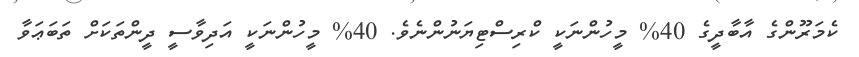
ކެމަރޫންގެ އާބާދީގެ 40% މީހުންނަކީ ކްރިސްޓިޔަނުންނެވެ. 40% މީހުންނަކީ އަދިވާސީ ދީންތަކަށް ތަބަޢަވާ